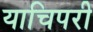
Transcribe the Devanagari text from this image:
याचिपरी